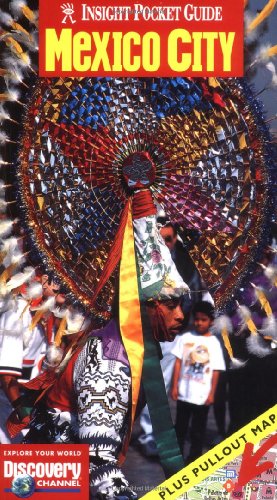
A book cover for Insight Pocket Guide Mexico City; Margaret King; Travel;